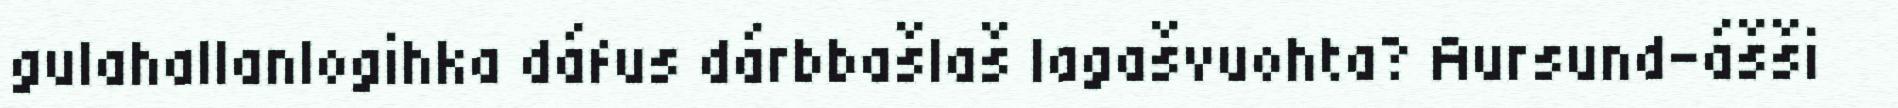
gulahallanlogihka dáfus dárbbašlaš lagašvuohta? Aursund-ášši